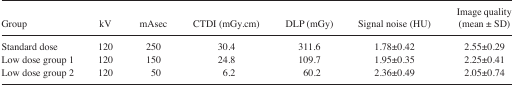
<table><thead><tr><td><b>Group</b></td><td><b>kV</b></td><td><b>mAsec</b></td><td><b>CTDI (mGy.cm)</b></td><td><b>DLP (mGy)</b></td><td><b>Signal noise (HU)</b></td><td><b>Image quality (mean ± SD)</b></td></tr></thead><tbody><tr><td>Standard dose</td><td>120</td><td>250</td><td>30.4</td><td>311.6</td><td>1.78±0.42</td><td>2.55±0.29</td></tr><tr><td>Low dose group 1</td><td>120</td><td>150</td><td>24.8</td><td>109.7</td><td>1.95±0.35</td><td>2.25±0.41</td></tr><tr><td>Low dose group 2</td><td>120</td><td>50</td><td>6.2</td><td>60.2</td><td>2.36±0.49</td><td>2.05±0.74</td></tr></tbody></table>